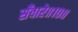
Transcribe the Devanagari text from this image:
सँवारे॥१०॥